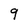
Character: 9